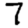
Digit: 7